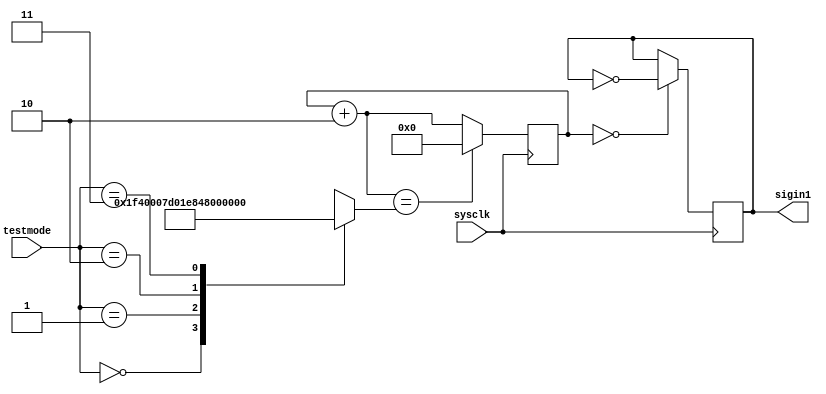
module signalinput(testmode,sysclk,sigin1);
	input[1:0]testmode;
	input sysclk;
	output sigin1;
	reg [20:0]state;
	reg [20:0]divided;
	reg sigin;
	assign sigin1=sigin;
	initial
	begin
		sigin=0;
		state=21'b000000000000000000000;
		divided=21'b000000_1111_1010_0000000;
	end
	always@(testmode)
	begin
		case(testmode)
		2'b00:	divided=21'd16000;
		2'b01:	divided=21'd8000;
		2'b10:	divided=21'd1000000;
		2'b11:	divided=21'd4000;
		endcase
	end
	always@(posedge sysclk)
	begin
		if(state==0)
			sigin=~sigin;
		state=state+21'b0_00_0000_0000_0000_0000_10;
		if(state==divided) state=27'd0;
	end
endmodule